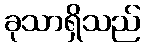
ခုသာရှိသည်